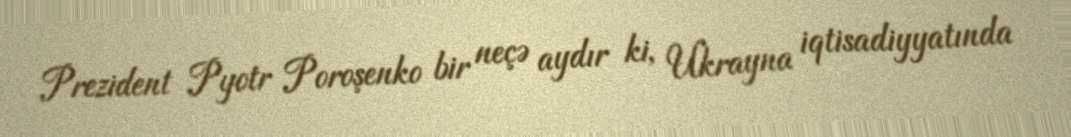
Prezident Pyotr Poroşenko bir neçə aydır ki, Ukrayna iqtisadiyyatında